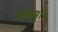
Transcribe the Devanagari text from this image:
सन्‍ताप।।